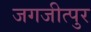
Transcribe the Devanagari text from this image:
जगजीत्पुर